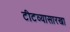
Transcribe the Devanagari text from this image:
टीटव्यासारखा